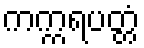
ကက္ကရပတ္တံ